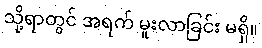
သို့ရာတွင် အရက် မူးလာခြင်း မရှိ။